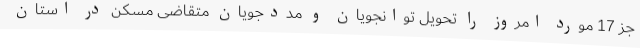
جز 17 مورد امروز را تحویل توانجویان و مددجویان متقاضی مسکن در استان